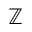
\mathbb { Z }